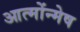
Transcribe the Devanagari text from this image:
आत्मोंन्मेष